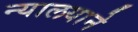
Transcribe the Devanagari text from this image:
न्यालयाने